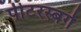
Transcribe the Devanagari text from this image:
पीटरस्बर्ग